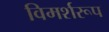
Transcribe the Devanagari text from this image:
विमर्शरूप